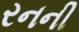
રનની